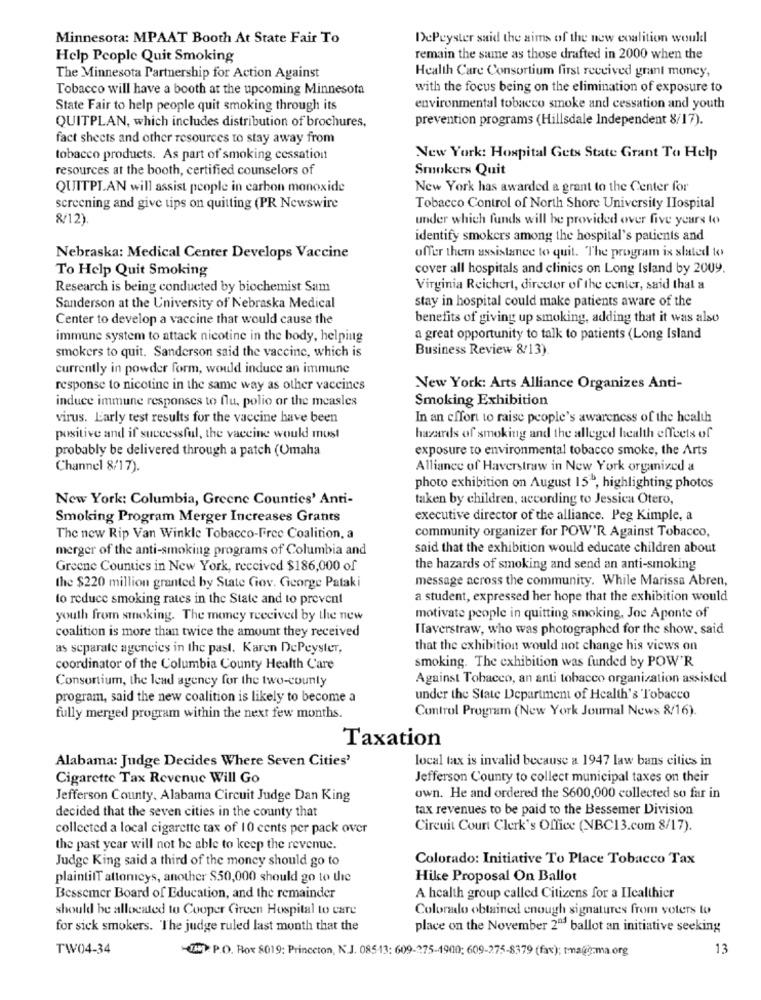
Minnesota: MPAAT Booth At State Fair To
DePeyster said the sims of the new coalition would
Help People Quit Smoking
remain the same as those drafted in 2000 when the
Health Care Consortium first received grant money,
The Minnesota Partnership for Action Against
Tobacco will have a booth at the upcoming Minnesota
with the focus being on the elimination of exposure to
State Fair to help people quit smoking through its
environmental tobacco smoke and cessation and youth
prevention programs (Hillsdale Independent 8/17).
QUITPLAN, which includes distribution of brochures,
fact sheets and other resources to stay away from
tobacco products. As part of smoking cessation
New York: Hospital Gets State Grant To Help
resources at the booth, certified counselors of
Smokers Quit
QUITPLAN will assist people in carbon monoxide
New York has awarded a grant to the Center for
screening and give tips on quitting (PR Newswire
Tobacco Control of North Shore University Hospital
8/12).
under which funds will be provided over five years to
identify smokers among the hospital's patients and
Nebraska: Medical Center Develops Vaccine
offer them assistance to quit. The program ix slated to
To Help Quit Smoking
cover all hospitals and clinics on Long Island by 2009.
Research is being conducted by biochemist Sam
Virginia Reichert, director of the center, said that a
stay in hospital could make patients aware of the
Sanderson at the University of Nebraska Medical
Center to develop a vaccine that would cause the
benefits of giving up smoking, adding that it was also
immune system to attack nicotine in the body, helping
a great opportunity to talk to patients (Long Island
smokers to quit. Sanderson said the vaccine, which is
Business Review 8/13)
currently in powder form, would induce an immune
response to nicotine in the same way as other vaccines
New York: Arts Alliance Organizes Anti-
induce immune responses to flu, polio or the measles
Smoking Exhibition
virus. Early test results for the vaccine have been
In an effort to raise people's awareness of the health
positive and if successful, the vaccine would most
hazards of smoking and the alleged health effects of
probably be delivered through a patch (Omaha
exposure to environmental tobacco smoke, the Arts
Channel 8/17).
Alliance of Haverstraw in New York organized a
photo exhibition on August 15", highlighting photos
New York: Columbia, Greene Counties' Anti-
taken by children, according to Jessica Otero,
Smoking Program Merger Increases Grants
executive director of the alliance. Peg Kimple, a
community organizer for POW'R Against Tobacco,
The new Rip Van Winkle Tobacco-Free Coalition, a
merger of the anti-smoking programs of Columbia and
said that the exhibition would educate children about
Greene Counties in New York, received $186,000 of
the hazards of smoking and send an anti-smoking
message across the community. While Marissa Abren,
the $220 million granted by State Giov. George Pataki
to reduce smoking rates in the State and to prevent
a student, expressed her hope that the exhibition would
youth from smoking. The money received by the new
motivate people in quitting smoking, Joe Aponte of
ITaverstraw, who was photographed for the show. said
coalition is more than twice the amount they received
as separate agencies in the past. Karen DePeyster,
that the exhibition would not change his views on
smoking. The exhibition was funded by POW'R
coordinator of the Columbia County Health Care
Consortium, the lead agency for the two-county
Against Tobacco, an anti tobacco organization assisted
program, said the new coalition is likely to become a
under the State Department of Health's Tobacco
Control Program (New York Joumal News 8/16).
fully merged program within the next few months.
Taxation
Alabama: Judge Decides Where Seven Cities'
local tax is invalid because a 1947 law bans cities in
Cigarette Tax Revenue Will Go
Jefferson County to collect municipal taxes on their
Jefferson County, Alabama Circuit Judge Dan King
own. He and ordered the $600,000 collected so far in
tax revenues to be paid to the Bessemer Division
decided that the seven cities in the county that
collected a local cigarette tax of 10 cents per pack over
Circuit Court Clerk's Office (NBC13.com 8/17).
the past year will not be able to keep the revenue.
Judge King said a third of the money should go to
Colorado: Initiative To Place Tobacco Tax
plaintiff attomeys, another $50,000 should go to the
Hike Proposal On Ballot
Bessemer Board of Education, and the remainder
A health group called Citizens for a IIcalthier
should be allocated to Cooper Gireen Hospital to care
Colorado obtained enough signatures from voters to
for sick smokers. The judge ruled last month that the
place on the November 2ª3 ballot an initiative seeking
TW04-34
-14 : P.O. Box 8019: Princeton, N.J. 08513: 609-275-1900; 609-275-8379 (fax); tmauğ-ma.org
13